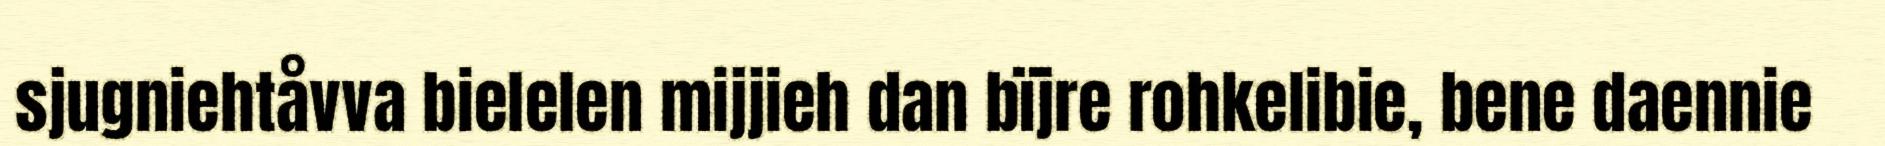
sjugniehtåvva bielelen mijjieh dan bïjre rohkelibie, bene daennie